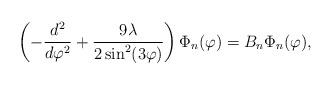
LaTeX: \begin{align*}\left( -\frac{d^{2}}{d\varphi ^{2}}+\frac{9\lambda }{2\sin^{2}(3\varphi )}\right) \Phi_n (\varphi )=B_n\Phi_n (\varphi ), \end{align*}